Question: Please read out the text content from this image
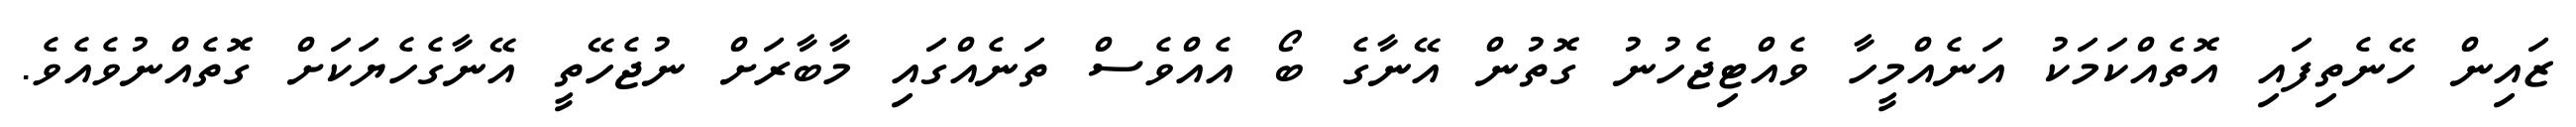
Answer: ޒައިން ހޭނެތިފައި އޮތެއްކަމަކު އަނެއްމީހާ ވެއްޓިޖެހުނު ގޮތުން އޭނާގެ ބޯ އެއްވެސް ތަނެއްގައި މާބާރަށް ނުޖެހޭތީ އޭނާގެހެޔަކަށް ގޮތެއްނުވެއެވެ.